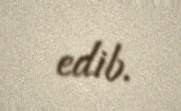
edib.